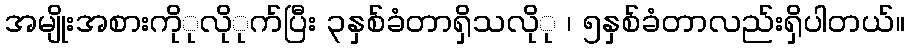
အမျိုးအစားကိုုလိုုက်ပြီး ၃နှစ်ခံတာရှိသလိုု ၊ ၅နှစ်ခံတာလည်းရှိပါတယ်။